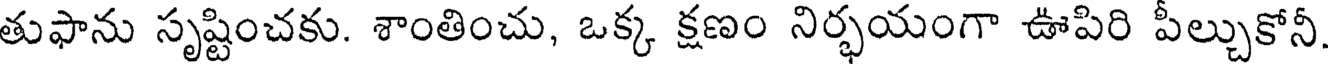
తుఫాను సృష్టించకు. శాంతించు, ఒక్క క్షణం నిర్భయంగా ఊపిరి పీల్చుకోనీ